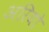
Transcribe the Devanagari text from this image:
अरियो